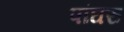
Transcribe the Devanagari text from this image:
पांघरु